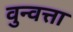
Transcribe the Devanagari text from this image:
वुन्वत्ता